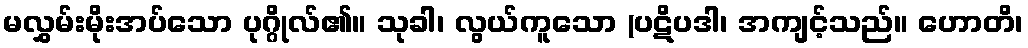
မလွှမ်းမိုးအပ်သော ပုဂ္ဂိုလ်၏။ သုခါ၊ လွယ်ကူသော (ပဋိပဒါ၊ အကျင့်သည်။ ဟောတိ၊